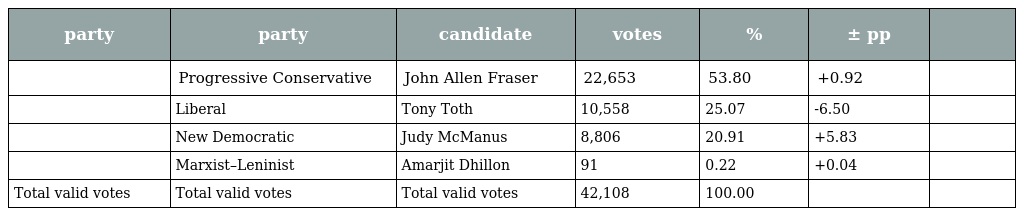
| party | party | candidate | votes | % | ± pp |  |
 | --- | --- | --- | --- | --- | --- | --- |
 |  | Progressive Conservative | John Allen Fraser | 22,653 | 53.80 | +0.92 |  |
 |  | Liberal | Tony Toth | 10,558 | 25.07 | -6.50 |  |
 |  | New Democratic | Judy McManus | 8,806 | 20.91 | +5.83 |  |
 |  | Marxist–Leninist | Amarjit Dhillon | 91 | 0.22 | +0.04 |  |
 | Total valid votes | Total valid votes | Total valid votes | 42,108 | 100.00 |  |  |